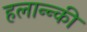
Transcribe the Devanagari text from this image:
हलान्न्की